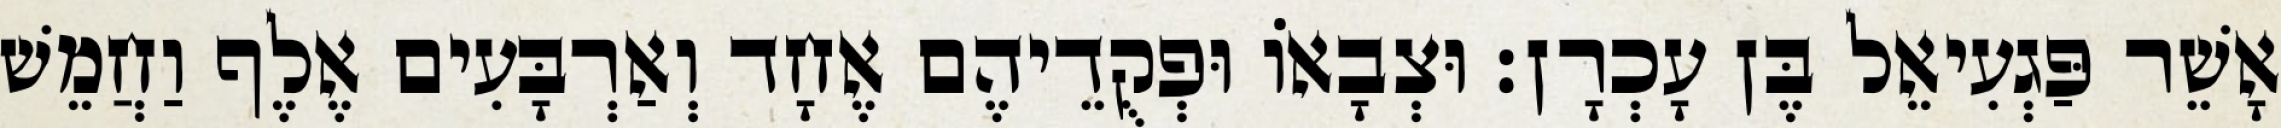
אָשֵׁר פַּגְעִיאֵל בֶּן עָכְרָן׃ וּצְבָאוֹ וּפְקֻדֵיהֶם אֶחָד וְאַרְבָּעִים אֶלֶף וַחֲמֵשׁ